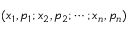
( x _ { 1 } , p _ { 1 } ; x _ { 2 } , p _ { 2 } ; \cdots ; x _ { n } , p _ { n } )